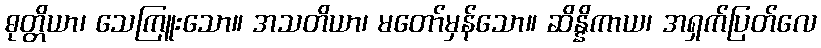
ဓုတ္တိယာ၊ သေကြူးသော။ အသတိယာ၊ မတော်မှန်သော။ ဆိန္နိကာယ၊ အရှက်ပြတ်လေ